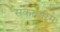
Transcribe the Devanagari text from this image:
सकायरिम